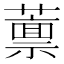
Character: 𫉿